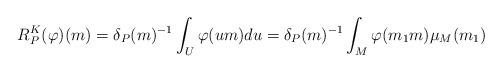
LaTeX: \begin{align*} R_{P}^K(\varphi)(m) = \delta_P(m)^{-1}\int_{U} \varphi(u m) du = \delta_P(m)^{-1} \int_M \varphi(m_1 m) \mu_M(m_1) \end{align*}